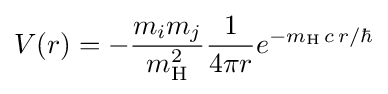
V(r)=-{\frac {m_{i}m_{j}}{m_{\rm {H}}^{2}}}{\frac {1}{4\pi r}}e^{-m_{\rm {H}}\,c\,r/\hbar }